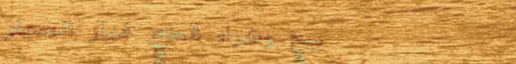
بيع وشراء قطع غيار السيار